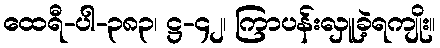
ထေရီ-ပါ-၃၈၃၊ ဋ္ဌ-၄၂၊ ကြာပန်းလှူခဲ့ရကျိုး။